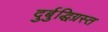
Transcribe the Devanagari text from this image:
दुर्बुद्धिग्रस्त